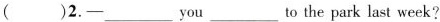
( )2.-___you___to the park last week?